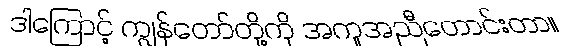
ဒါကြောင့် ကျွန်တော်တို့ကို အကူအညီတောင်းတာ။